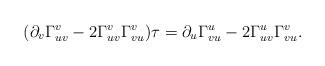
LaTeX: \begin{align*} (\partial_v\Gamma_{uv}^v-2\Gamma_{uv}^v\Gamma_{vu}^v)\tau=\partial_u\Gamma_{vu}^u-2\Gamma_{uv}^u\Gamma_{vu}^v.\end{align*}